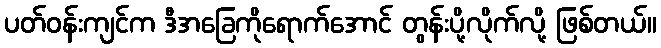
ပတ်ဝန်းကျင်က ဒီအခြေကိုရောက်အောင် တွန်းပို့လိုက်လို့ ဖြစ်တယ်။